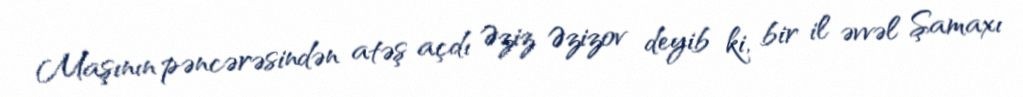
Maşının pəncərəsindən atəş açdı Əziz Əzizov deyib ki, bir il əvvəl Şamaxı